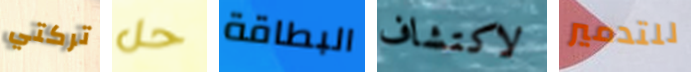
تركتي حل البطاقة لاكتشاف للتدمير